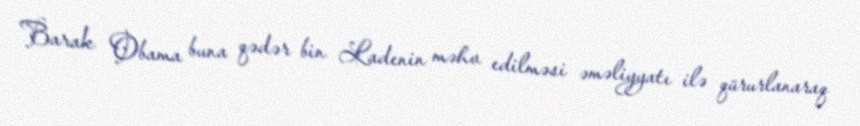
Barak Obama buna qədər bin Ladenin məhv edilməsi əməliyyatı ilə qürurlanaraq